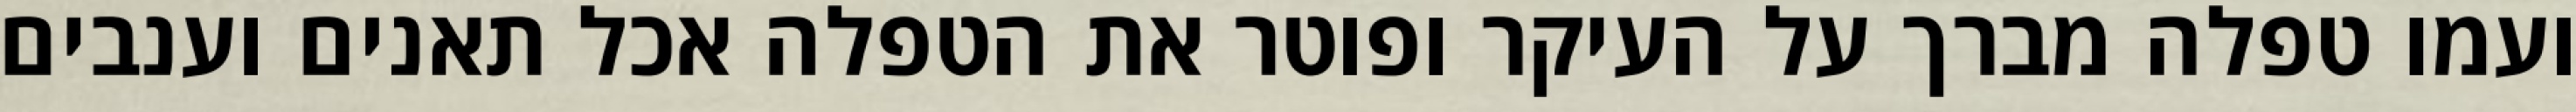
ועמו טפלה מברך על העיקר ופוטר את הטפלה אכל תאנים וענבים